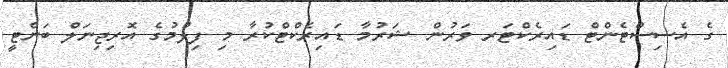
ގެ އެސިސްޓެންޓް ޑައިރެކްޓަރ ވަރުން ޝަރުމާ ޑައިރެކްޓްކުރާ މި ފިލްމުގެ އޮރިޖިނަލް ބަންޓީ